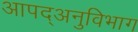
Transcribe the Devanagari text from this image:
आपद्अनुविभाग